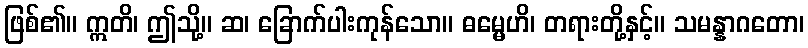
ဖြစ်၏။ ဣတိ၊ ဤသို့။ ဆ၊ ခြောက်ပါးကုန်သော။ ဓမ္မေဟိ၊ တရားတို့နှင့်။ သမန္နာဂတော၊